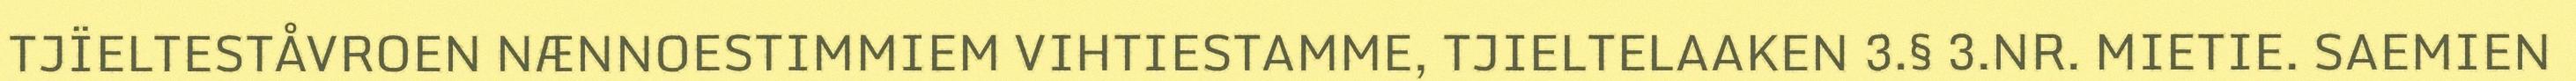
TJÏELTESTÅVROEN NÆNNOESTIMMIEM VIHTIESTAMME, TJIELTELAAKEN 3.§ 3.NR. MIETIE. SAEMIEN